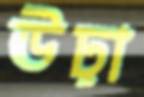
ঊঢ়া